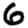
Digit: 6